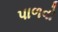
પાળવો